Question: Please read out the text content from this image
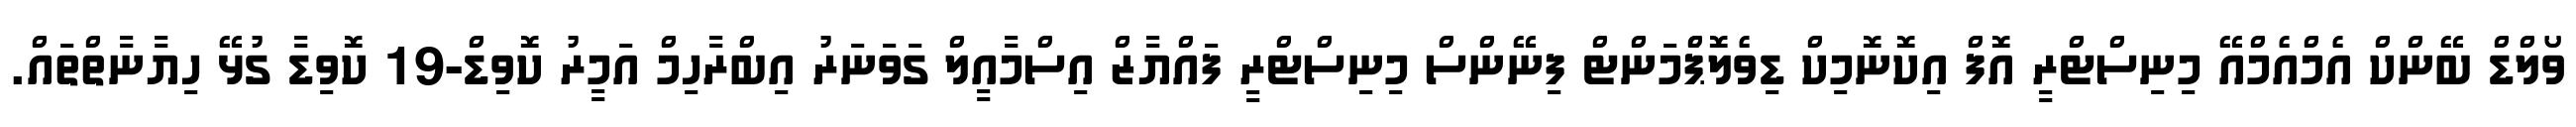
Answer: ވޯލްޑް ބޭންކް އެމްއެމްއޭ މިނިސްޓްރީ އޮފް އިކޮނޮމިކް ޑިވެލޮޕްެމަންޓް ފިނޭންސް މިނިސްޓްރީ ފައްޔާޒް އިސްމާއީލް ގަވަނަރު އިބްރާހިމް އަމީރު ކޮވިޑް-19 ކޮވިޑާ ގުޅޭ ހިޔާނާތްތައް.